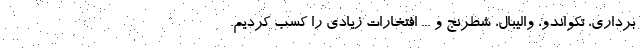
برداری، تکواندو، والیبال، شطرنج و ... افتخارات زیادی را کسب کردیم.